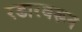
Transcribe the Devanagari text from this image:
रडारवरून